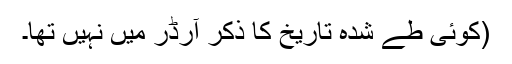
(کوئی طے شدہ تاریخ کا ذکر آرڈر میں نہیں تھا۔